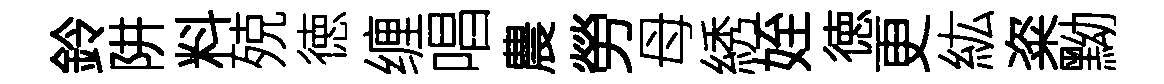
鈴阱料殑徳缠唱農勞母綉姪徳更紘粢黝